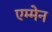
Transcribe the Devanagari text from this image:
एम्मेन